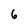
Character: 6